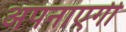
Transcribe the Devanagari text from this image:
अपनाएगी